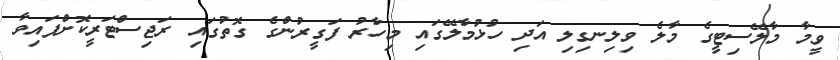
ވީމާ މާލޭސިޓީގެ މާލެ ވިލިނގިލި އަދި ހުޅުމާލޭގައި މިހާރު ފަގީރުންގެ ގޮތުގައި ރަޖިސްޓަރީކޮށްފައިވާ